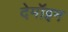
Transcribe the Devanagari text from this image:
देमॉइन